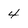
Character: 4